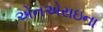
એનએસઇના